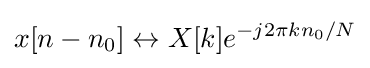
x[n-n_{0}]\leftrightarrow X[k]e^{-j2\pi kn_{0}/N}